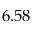
6 . 5 8